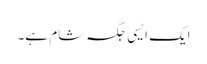
ایک ایسی جگہ شام ہے۔